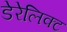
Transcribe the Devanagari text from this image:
डेरेलिक्ट